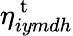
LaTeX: \eta_{iymdh}^{\mathrm{~t~}}